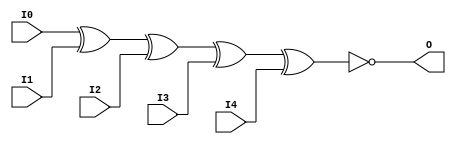
// $Header: /devl/xcs/repo/env/Databases/CAEInterfaces/verunilibs/data/unisims/XNOR5.v,v 1.6 2007/05/23 21:43:44 patrickp Exp $
///////////////////////////////////////////////////////////////////////////////
// Copyright (c) 1995/2004 Xilinx, Inc.
// All Right Reserved.
///////////////////////////////////////////////////////////////////////////////
//   ____  ____
//  /   /\/   /
// /___/  \  /    Vendor : Xilinx
// \   \   \/     Version : 10.1
//  \   \         Description : Xilinx Functional Simulation Library Component
//  /   /                  5-input XNOR Gate
// /___/   /\     Filename : XNOR5.v
// \   \  /  \    Timestamp : Thu Mar 25 16:43:42 PST 2004
//  \___\/\___\
//
// Revision:
//    03/23/04 - Initial version.
//    05/23/07 - Changed timescale to 1 ps / 1 ps.

`timescale  1 ps / 1 ps


module XNOR5 (O, I0, I1, I2, I3, I4);

    output O;

    input  I0, I1, I2, I3, I4;

	xnor X1 (O, I0, I1, I2, I3, I4);


endmodule